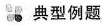
典型例题